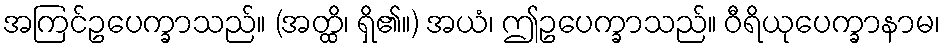
အကြင်ဥပေက္ခာသည်။ (အတ္ထိ၊ ရှိ၏။) အယံ၊ ဤဥပေက္ခာသည်။ ဝီရိယုပေက္ခာနာမ၊